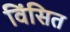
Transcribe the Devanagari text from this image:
विंसित